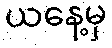
ယနေ့မှ